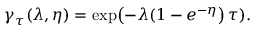
\gamma _ { \tau } ( \lambda , \eta ) = \exp \! \left( - \lambda ( 1 - e ^ { - \eta } \right) \tau ) .